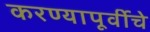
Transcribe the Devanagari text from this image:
करण्यापूर्वीचे